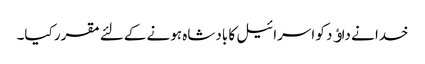
خدا نے داﺅد کو اسرائیل کا بادشاہ ہونے کےلئے مقرر کیا۔